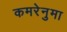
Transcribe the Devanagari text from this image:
कमरेनुमा